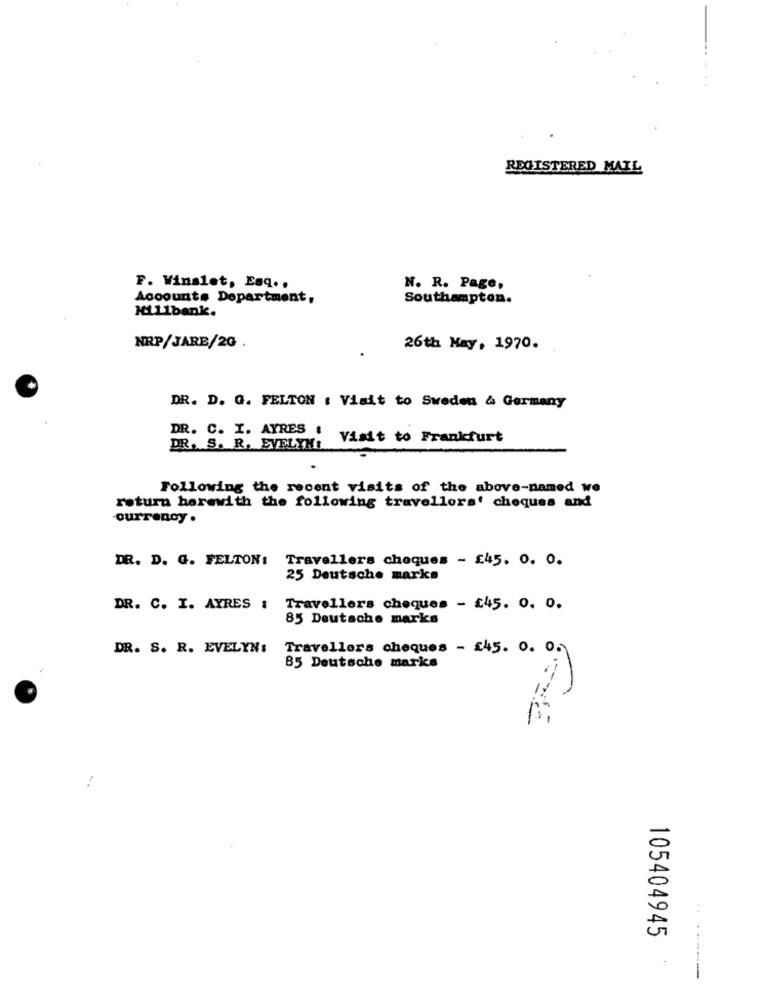
REGISTERED MAIL
F. Winslet, Esq .,
N. R. Page,
Accounts Department,
Southampton.
Hillbank.
NRP/JARE/2G
26th May, 1970.
DR. D. G. FELTON : Visit to Sweden & Germany
DR. C. I. AYRES !
Visit to Frankfurt
DR. S. R. EVELYN:
Following the recent visits of the above-named we
rotura herewith the following travellers' cheques and
-ourrenoy .
DR. D. G. FELTON:
Travellers cheques - £45. 0. 0.
25 Deutsche marks
DR. C. I. AYRES : Travellers cheques - £45. 0. 0.
85 Deutsche marks
DR. S. R. EVELYN:
Travellers cheques - 245. 0. 0.
85 Deutsche marks
105404945